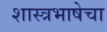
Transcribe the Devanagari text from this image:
शास्त्रभाषेचा